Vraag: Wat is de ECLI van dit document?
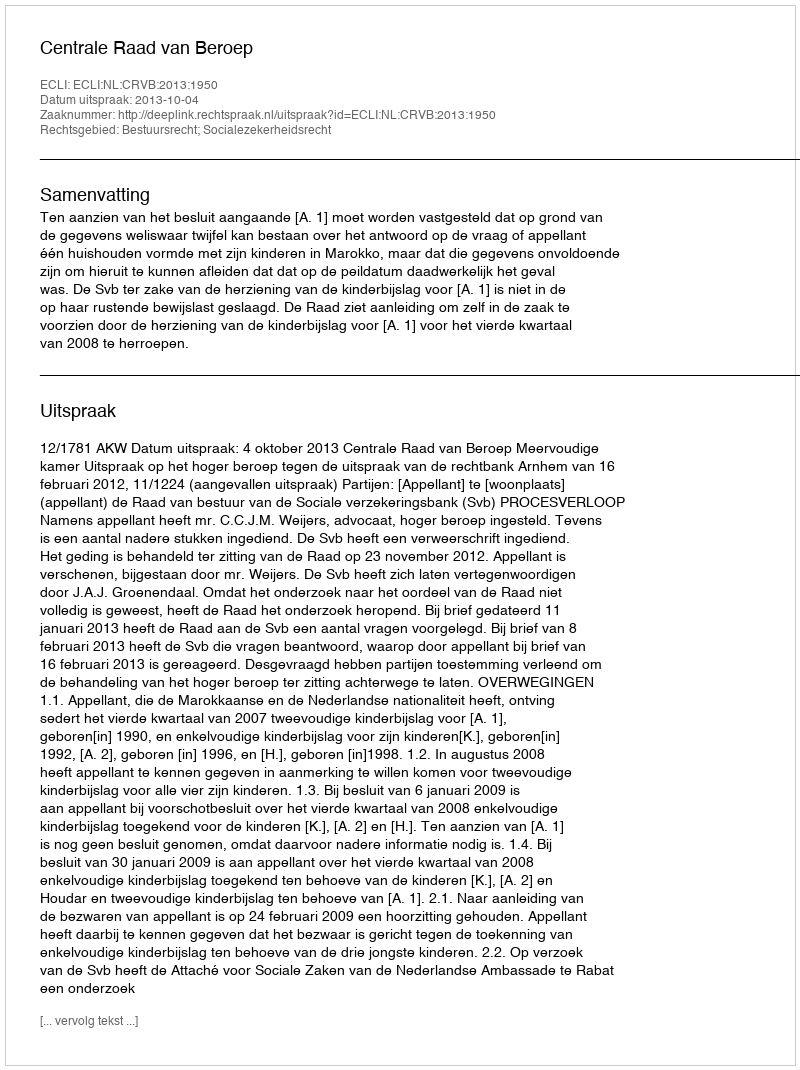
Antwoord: ECLI:NL:CRVB:2013:1950